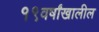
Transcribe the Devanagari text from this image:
१९वर्षांखालील